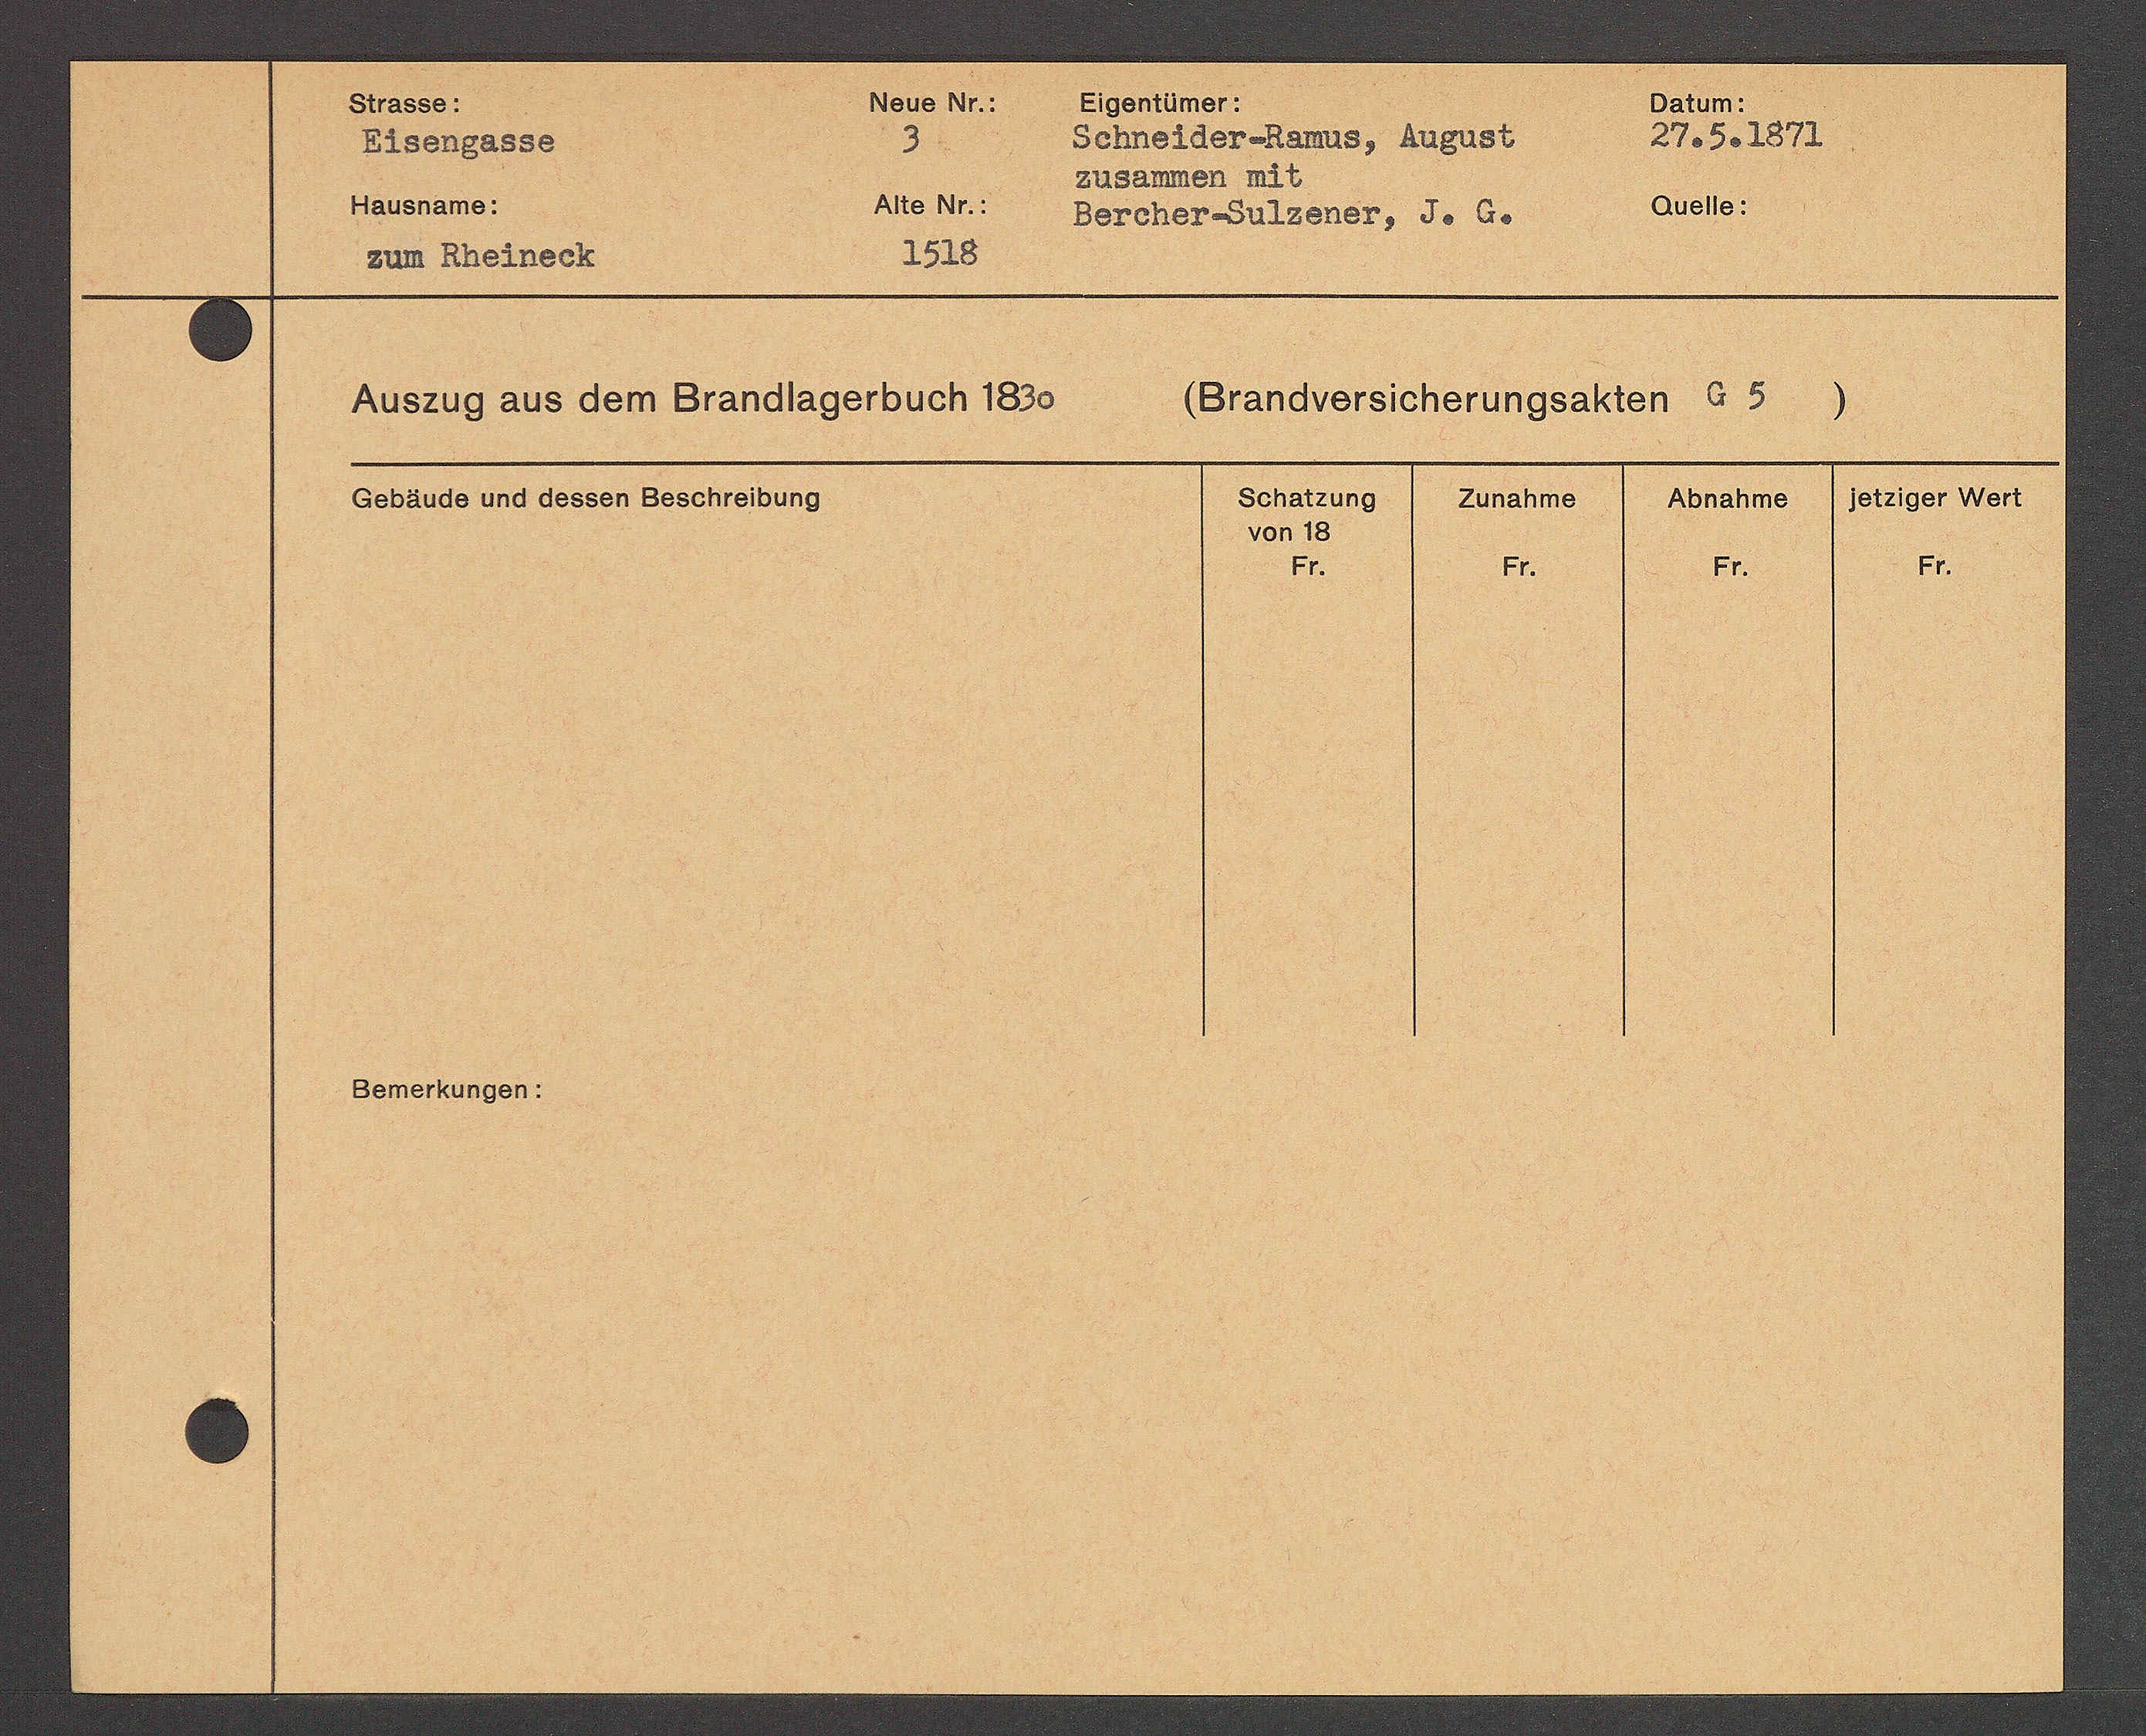
Transcript:
Bomerkungen.

3
D 250 D D D 530
11345I Au0.
2528
BA RADTADEL.

24050 2573
SCRISTADTRADES. BABASE
BASANADD AEL.
Otott0:
110 N. Dorcharditor02, do 60.

DANDOISERSRUNGSAUNER E 5
HASE49 AAS AOR STANSTADBUBUCHBDB
)
S61 a1 2 400
aden Hansen ne
244250
Codaudo Nd doSSot DoSENotbr.
401 13
84.
84.
84.
61.